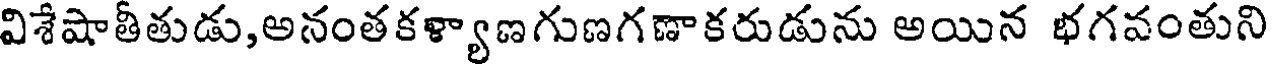
విశేషాతీతుడు,అనంతకళ్యాణగుణగణాకరుడును అయిన భగవంతుని